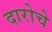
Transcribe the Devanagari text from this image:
दारोचे